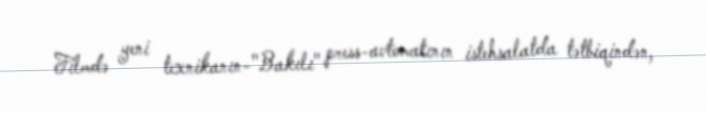
Filmdə yeni texnikanın-"Bakılı" press-avtomatının istehsalatda tətbiqindən,